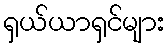
ရှယ်ယာရှင်များ